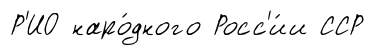
Р'ИО наро́дного Росс'и́и ССР